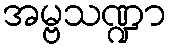
အမ္ဗသဏ္ဍာ